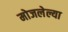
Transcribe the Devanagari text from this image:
मोजलेल्या